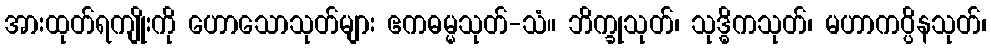
အားထုတ်ရကျိုးကို ဟောသောသုတ်များ ဧကဓမ္မသုတ်-သံ။ ဘိက္ခုသုတ်၊ သုဒ္ဓိကသုတ်၊ မဟာကပ္ပိနသုတ်၊